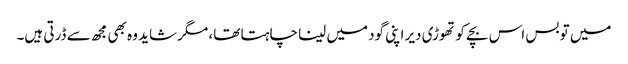
میں تو بس اس بچے کو تھوڑی دیر اپنی گود میں لینا چاہتا تھا، مگر شاید وہ بھی مجھ سے ڈرتی ہیں۔